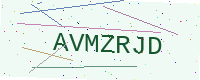
Text: AVMZRJD